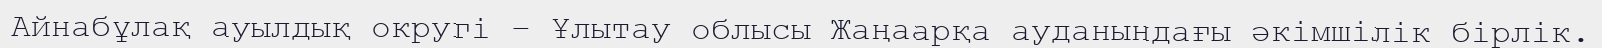
Айнабұлақ ауылдық округі – Ұлытау облысы Жаңаарқа ауданындағы әкімшілік бірлік.